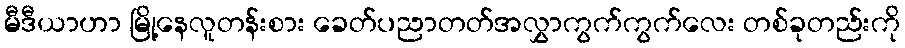
မီဒီယာဟာ မြို့နေလူတန်းစား ခေတ်ပညာတတ်အလွှာကွက်ကွက်လေး တစ်ခုတည်းကို